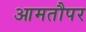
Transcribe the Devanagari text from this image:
आमतौपर